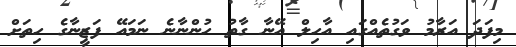
މިފަދަ އަރާމު ވަގުތެއްގައި އާހިލް އޭނާ ގާތު ހުންނާނެ ނަމައޭ ފަޒީނާގެ ހިތަށް